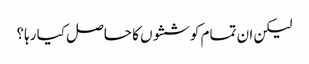
لیکن ان تمام کوششوں کا حاصل کیا رہا؟